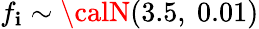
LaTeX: f_{\mathbf{i}}\sim{\calN}(3.5,\ 0.01)